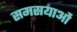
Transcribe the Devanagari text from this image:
समसयाओं